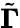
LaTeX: \tilde{\mathbf{\Gamma}}